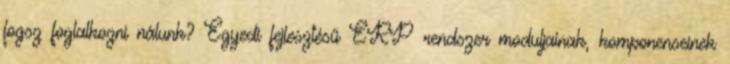
fogsz foglalkozni nálunk? Egyedi fejlesztésű ERP rendszer moduljainak, komponenseinek